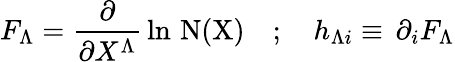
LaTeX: F_{\Lambda}=\frac{\partial}{\partial X^{\Lambda}}\, \ln\, \mathrm{N(X)}\quad;\quad h_{\Lambda i}\equiv\, \partial_{i}F_{\Lambda}